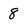
Character: 8